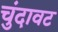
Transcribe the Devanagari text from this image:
चुंदावट